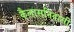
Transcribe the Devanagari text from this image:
कैलासनिवासी